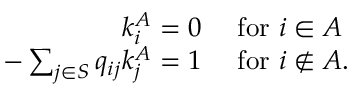
\begin{array} { r l } { k _ { i } ^ { A } = 0 } & { { } { \mathrm { ~ f o r ~ } } i \in A } \\ { - \sum _ { j \in S } q _ { i j } k _ { j } ^ { A } = 1 } & { { } { \mathrm { ~ f o r ~ } } i \notin A . } \end{array}